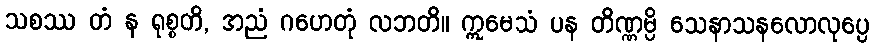
သစဿ တံ န ရုစ္စတိ, အညံ ဂဟေတုံ လဘတိ။ ဣမေသံ ပန တိဏ္ဏမ္ပိ သေနာသနလောလုပ္ပေ